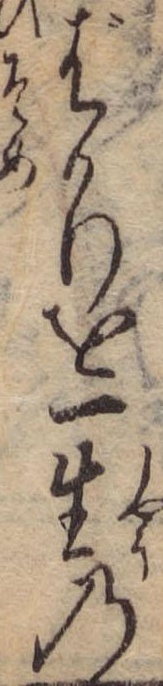
ばかりを一生の